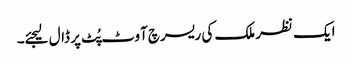
ایک نظر ملک کی ریسرچ آوٹ پُٹ پر ڈال لیجئے۔